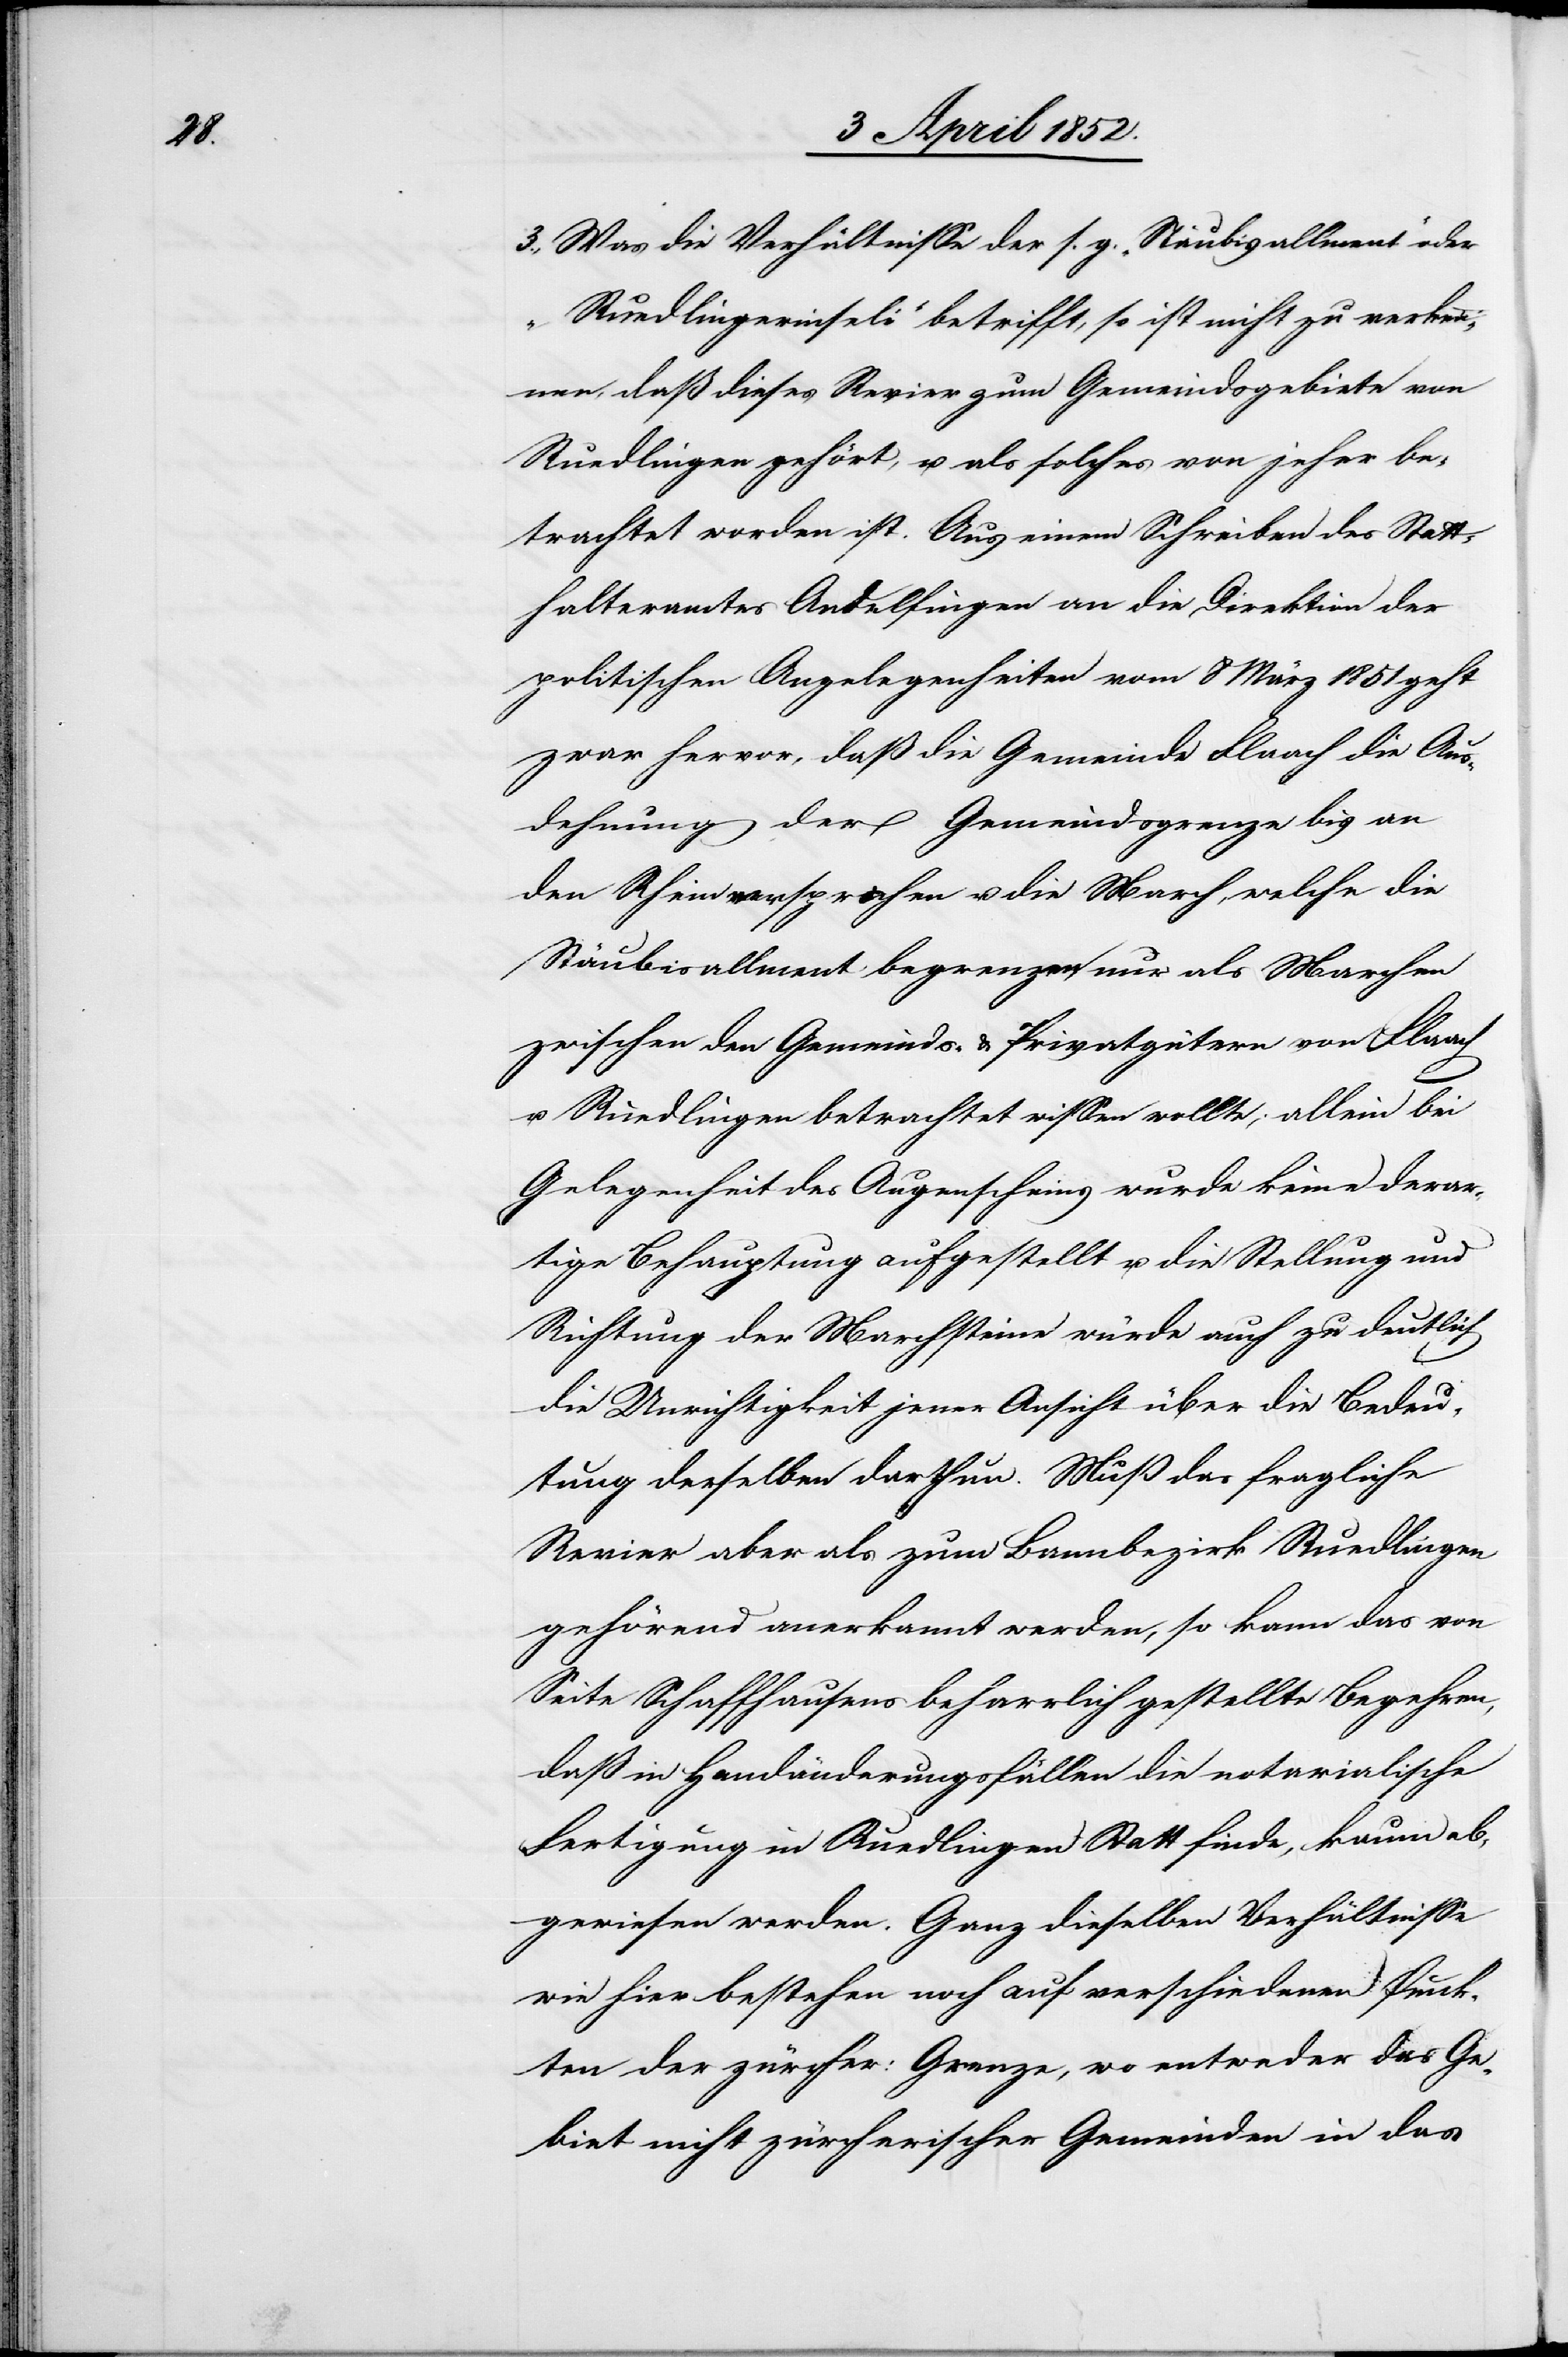
3., Was die Verhältnisse der s. g. „Stäubisallment“ oder
„Ruedlingerinseli“ betrifft, so ist nicht zu verken¬
nen, daß dieses Revier zum Gemeindsgebiete von
Ruedlingen gehört, u. als solches von jeher be¬
trachtet worden ist. Aus einem Schreiben des Statt¬
halteramtes Andelfingen an die Direktion der
politischen Angelegenheiten vom 8 März 1851 geht
zwar hervor, daß die Gemeinde Flaach die Aus¬
dehnung der Gemeindsgrenze bis an
den Rhein versprochen u. die March[en], welche die
Stäubisallment begrenzen nur als Marchen
zwischen den Gemeinds- & Privatgütern von Flaach
u. Ruedlingen betrachtet wissen wollte; allein bei
Gelegenheit des Augenscheins wurde keine derar¬
tige Behauptung aufgestellt u. die Stellung und
Richtung der Marchsteine würde auch zu deutlich
die Unrichtigkeit jener Ansicht über die Bedeu¬
tung derselben darthun. Muß das fragliche
Revier aber als zum Bannbezirk Ruedlingen
gehörend anerkannt werden, so kann das von
Seite Schaffhausens beharrlich gestellte Begehren,
daß in Handänderungsfällen die notarialische
Fertigung in Ruedlingen Statt finde, kaum ab¬
gewiesen werden. Ganz dieselben Verhältnisse
wie hier bestehen noch auf verschiedenen Punk¬
ten der zürcher: Grenze, wo entweder das Ge¬
biet nicht zürcherischer Gemeinden in das